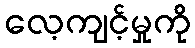
လေ့ကျင့်မှုကို